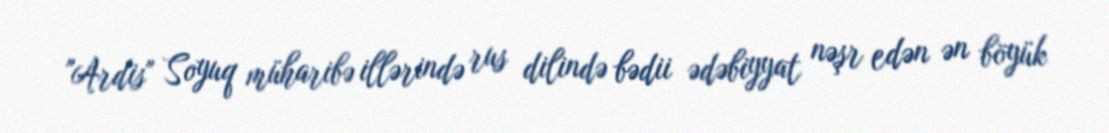
"Ardis" Soyuq müharibə illərində rus dilində bədii ədəbiyyat nəşr edən ən böyük